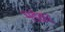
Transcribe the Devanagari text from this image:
भडेकर